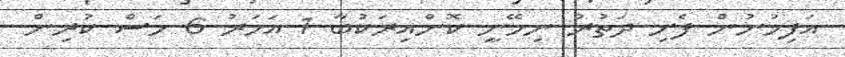
އަފިހުނުން ފެށި ދަތުރު ނިމޭނީ ކޮންއިރަކުބާ 1 އަހަރު 6 މަސް ކުރިން